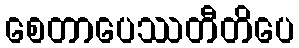
စေတာပေဿတီတိပေ